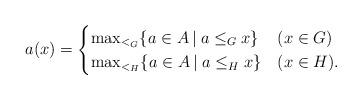
LaTeX: \begin{align*}a(x) = \begin{cases}\max_{<_{G}} \{a \in A \: | \: a \leq_{G} x\} & (x \in G) \\\max_{<_{H}} \{a \in A \: | \: a \leq_{H} x\} & (x \in H).\end{cases}\end{align*}